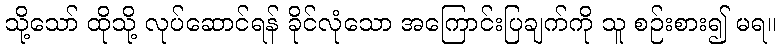
သို့သော် ထိုသို့ လုပ်ဆောင်ရန် ခိုင်လုံသော အကြောင်းပြချက်ကို သူ စဉ်းစား၍ မရ။